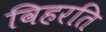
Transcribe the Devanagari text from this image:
विहरति